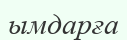
ымдарға